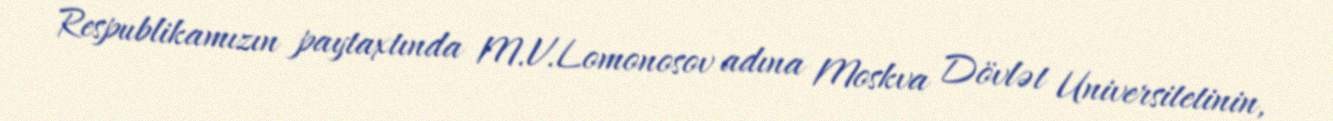
Respublikamızın paytaxtında M.V.Lomonosov adına Moskva Dövlət Universitetinin,